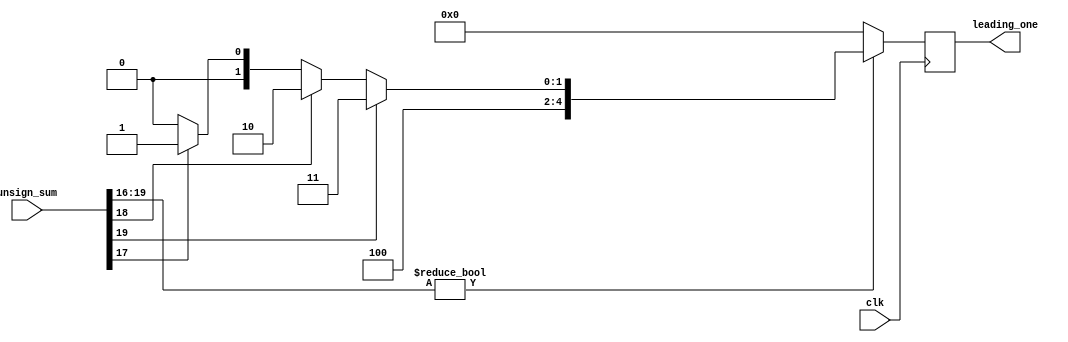
module leadingone_detector1 (input clk, 
                             input [19:0] unsign_sum, 
                             output [4:0] leading_one);

    reg [4:0] leading_one_w, leading_one_r;
    assign leading_one = leading_one_r;

    always @ (unsign_sum) begin
        // design 1
        leading_one_w = 0;
        if (unsign_sum[19:16] != 4'b0) begin
            if (unsign_sum[19]) leading_one_w = 19;
            else if (unsign_sum[18]) leading_one_w = 18;
            else if (unsign_sum[17]) leading_one_w = 17;
            else leading_one_w = 16;
        end
        // else if (unsign_sum[15:12] != 4'b0) begin
        //     if (unsign_sum[15]) leading_one_w = 15;
        //     else if (unsign_sum[14]) leading_one_w = 14;
        //     else if (unsign_sum[13]) leading_one_w = 13;
        //     else leading_one_w = 12;
        // end
        // else if (unsign_sum[11:8] != 4'b0) begin
        //     if (unsign_sum[11]) leading_one_w = 11;
        //     else if (unsign_sum[10]) leading_one_w = 10;
        //     else if (unsign_sum[9]) leading_one_w = 9;
        //     else leading_one_w = 8;
        // end
        // else if (unsign_sum[7:4] != 4'b0) begin
        //     if (unsign_sum[7]) leading_one_w = 7;
        //     else if (unsign_sum[6]) leading_one_w = 6;
        //     else if (unsign_sum[5]) leading_one_w = 5;
        //     else leading_one_w = 4;
        // end
        // else begin
        //     if (unsign_sum[3]) leading_one_w = 3;
        //     else if (unsign_sum[2]) leading_one_w = 2;
        //     else if (unsign_sum[1]) leading_one_w = 1;
        //     else leading_one_w = 0;
        // end

    end  

    always @ (posedge clk) begin
        leading_one_r <= leading_one_w;        
    end  


endmodule